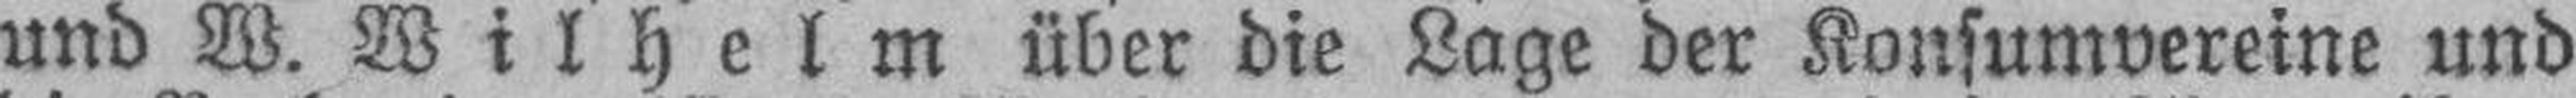
und W. Wilhelm über die Lage der Konsumvereine und